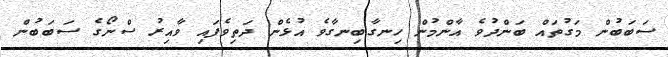
ސަބަބުން މަގުތައް ބަންދުވެ އާންމުން ހިނގާބިނގާވެ އުޅެން ދަތިވެފައި ވާއިރު ސްނޯގެ ސަބަބުން